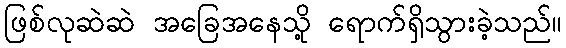
ဖြစ်လုဆဲဆဲ အခြေအနေသို့ ရောက်ရှိသွားခဲ့သည်။